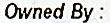
OWNED BY :